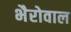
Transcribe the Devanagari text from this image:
भैरोवाल